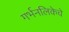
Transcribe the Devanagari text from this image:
गर्भनलिकेचे